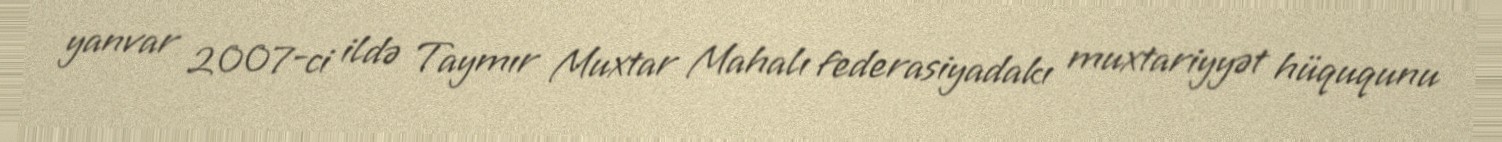
yanvar 2007-ci ildə Taymır Muxtar Mahalı federasiyadakı muxtariyyət hüququnu